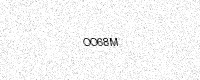
Text: OO68M